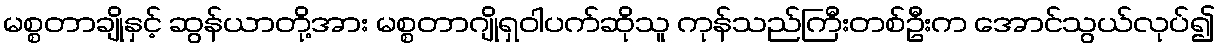
မစ္စတာချိုနှင့် ဆွန်ယာတို့အား မစ္စတာဂျိုရှဝါပက်ဆိုသူ ကုန်သည်ကြီးတစ်ဦးက အောင်သွယ်လုပ်၍